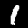
Label: 1